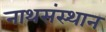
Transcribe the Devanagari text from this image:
नाथसंस्थान